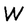
Character: W